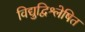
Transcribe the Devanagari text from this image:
विद्युद्विश्लेषित